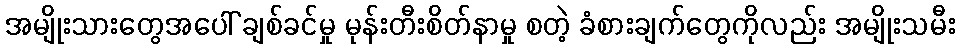
အမျိုးသားတွေအပေါ် ချစ်ခင်မှု မုန်းတီးစိတ်နာမှု စတဲ့ ခံစားချက်တွေကိုလည်း အမျိုးသမီး